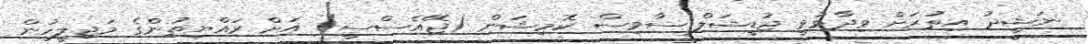
ނަޝީދު އިތުރަށް ވިދާޅުވީ ޖުޑީޝަލް ސާވިސް ކޮމިޝަން (ޖޭއެސްސީ) އަށް ރައްޔިތުންގެ މަޖިލީހުން